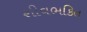
શીવભકિત